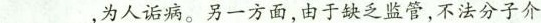
___，为人诟病。另一方面，由于缺乏监管，不法分子介